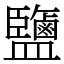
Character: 鹽